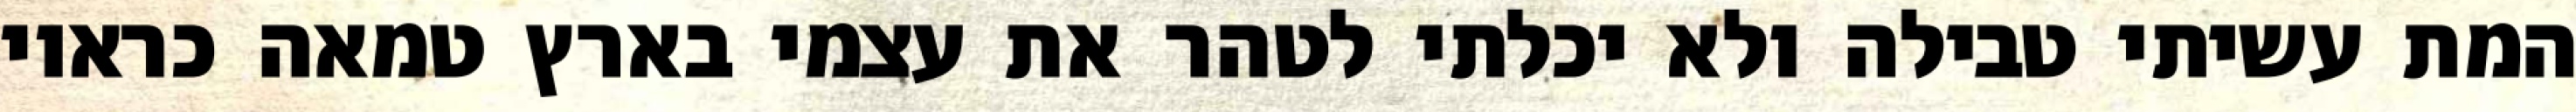
המת עשיתי טבילה ולא יכלתי לטהר את עצמי בארץ טמאה כראוי